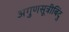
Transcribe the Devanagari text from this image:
अगुणसूत्रीबिंदु